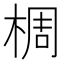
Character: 椆